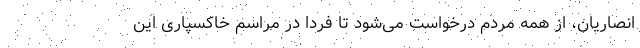
انصاریان، از همه مردم درخواست می‌شود تا فردا در مراسم خاکسپاری این